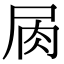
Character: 𡱎